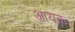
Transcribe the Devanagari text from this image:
आयक